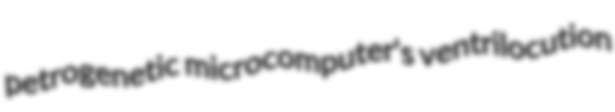
petrogenetic microcomputer's ventrilocution